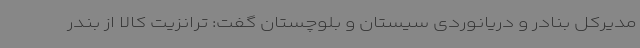
مدیرکل بنادر و دریانوردی سیستان و بلوچستان گفت: ترانزیت کالا از بندر